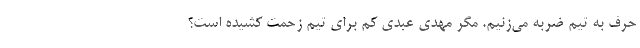
حرف به تیم ضربه می‌زنیم. مگر مهدی عبدی کم برای تیم زحمت کشیده است؟